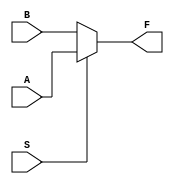
module S1L4A(A,B,S,F);

	input A, B, S;
	output reg F;
	
	always @(A,B,S) begin
		if(S == 1) begin
			F = A;
		end
		else	begin
			F = B;
		end
	end
	
endmodule